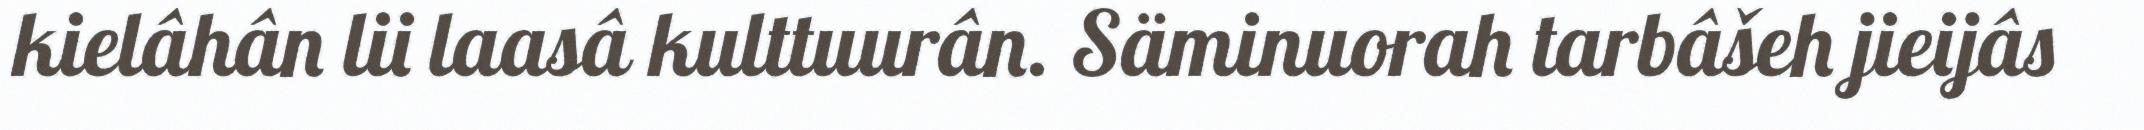
kielâhân lii laasâ kulttuurân. Säminuorah tarbâšeh jieijâs